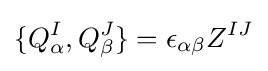
\{Q_{\alpha }^{I},Q_{\beta }^{J}\}=\epsilon _{\alpha \beta }Z^{IJ}